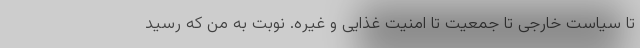
تا سیاست خارجی تا جمعیت تا امنیت غذایی و غیره. نوبت به من که رسید